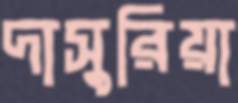
দাসুরিয়া